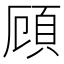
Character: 頋